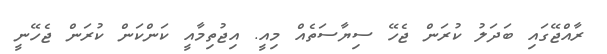
ރާއްޖޭގައި ބަދަލު ކުރަން ޖެހޭ ސިޔާސަތެއް މިއީ. އިޖުތިމާއީ ކަންކަން ކުރަން ޖެހޭނީ